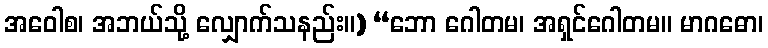
အဝေါစ၊ အဘယ်သို့ လျှောက်သနည်း။) “ဘော ဂေါတမ၊ အရှင်ဂေါတမ။ မာဂဓော၊